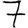
Digit: 7